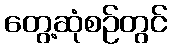
တွေ့ဆုံစဉ်တွင်